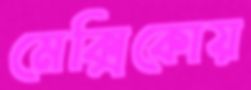
মেক্সিকোয়